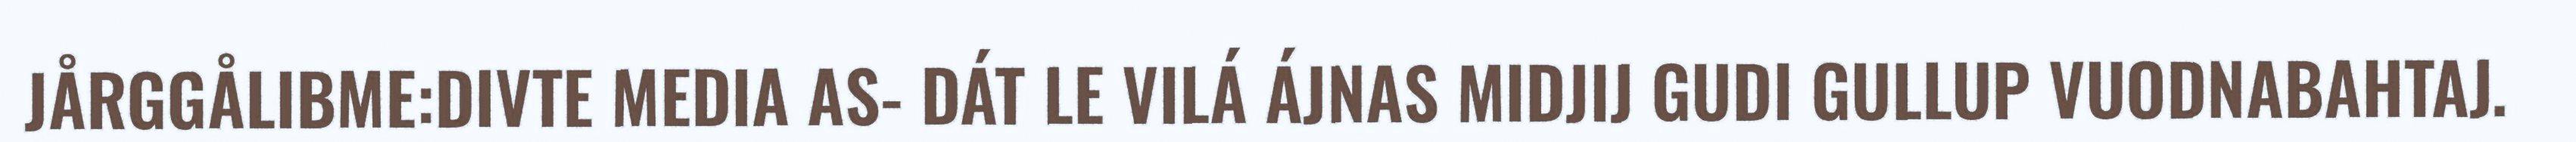
JÅRGGÅLIBME:DIVTE MEDIA AS- DÁT LE VILÁ ÁJNAS MIDJIJ GUDI GULLUP VUODNABAHTAJ.